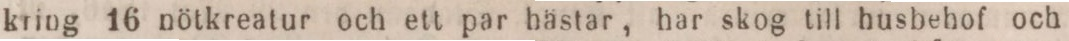
kring 16 nötkreatur och ett par hästar, har skog till husbehof och